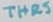
Text: THRS